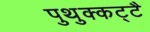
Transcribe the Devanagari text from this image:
पुथुक्कट्टै